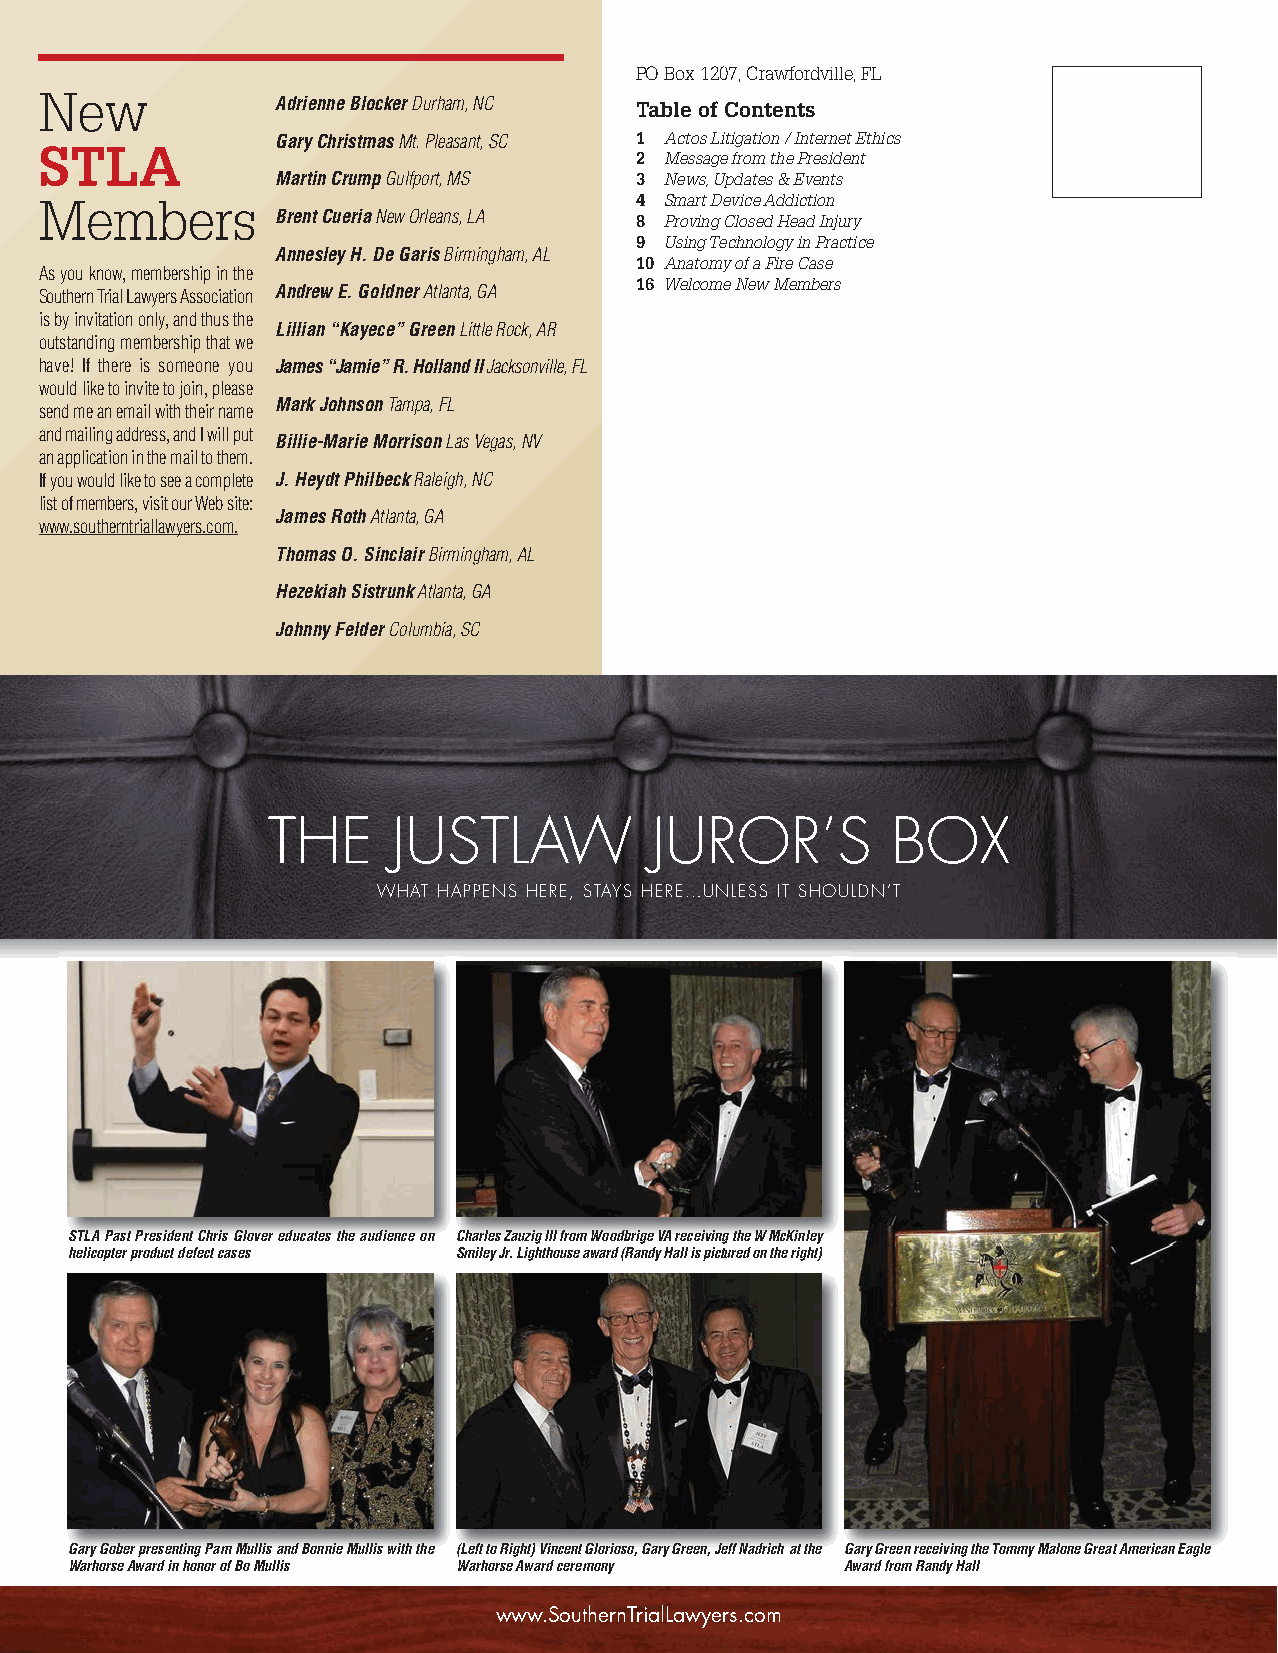
STLA Newsletter 08 (5.2):Layout 1 5/3/13 1:07 PM Page 16
 PO Box 1207, Crawfordville, FL
 New
 Adrienne Blocker Durham, NC Table of Contents
 Gary ChristmasMt. Pleasant, SC 1 Actos Litigation / Internet Ethics
 STLA
 2 Message from the President
 Martin CrumpGulfport, MS 3 News, Updates & Events
 Members                                4 Smart Device Addiction
 Brent CueriaNew Orleans, LA 8 Proving Closed Head Injury
 9 Using Technology in Practice
 Annesley H. De GarisBirmingham, AL
 10 Anatomy of a Fire Case
 As you know, membership in the
 16 Welcome New Members
 Southern Trial Lawyers Association Andrew E. GoldnerAtlanta, GA
 is by invitation only, and thus the
 Lillian “Kayece” GreenLittle Rock, AR
 outstanding membership that we
 have! If there is someone you James “Jamie” R. Holland IIJacksonville, FL
 would like to invite to join, please
 Mark JohnsonTampa, FL
 send me an email with their name
 and mailing address, and I will put
 Billie-Marie MorrisonLas Vegas, NV
 an application in the mail to them.
 If you would like to see a complete J. Heydt PhilbeckRaleigh, NC
 list of members, visit our Web site:
 James RothAtlanta, GA
 www.southerntriallawyers.com.
 Thomas O. Sinclair Birmingham, AL
 Hezekiah SistrunkAtlanta, GA
 Johnny FelderColumbia, SC
 THE     JUSTLAW          JUROR’S         BOX
 WHAT HAPPENS HERE, STAYS HERE…UNLESS IT SHOULDN’T
 STLA Past President Chris Glover educates the audience on Charles Zauzig III from Woodbrige VA receiving the W McKinley
 helicopter product defect cases Smiley Jr. Lighthouse award (Randy Hall is pictured on the right)
 Gary Gober presenting Pam Mullis and Bonnie Mullis with the (Left to Right) Vincent Glorioso, Gary Green, Jeff Nadrich at the Gary Green receiving the Tommy Malone Great American Eagle
 Warhorse Award in honor of Bo Mullis Warhorse Award ceremony Award from Randy Hall
 www.SouthernTrialLawyers.com